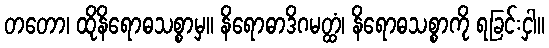
တတော၊ ထိုနိရောဓသစ္စာမှ။ နိရောဓာဒိဂမတ္ထံ၊ နိရောဓသစ္စာကို ရခြင်းငှါ။